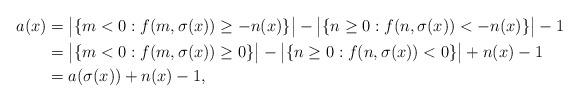
LaTeX: \begin{align*}a(x) &= \big|\{m<0:f(m,\sigma(x))\ge -n(x)\}\big| - \big|\{n\ge 0:f(n,\sigma(x))<-n(x)\}\big| - 1\\ &= \big|\{m<0:f(m,\sigma(x))\ge 0\}\big| - \big|\{n\ge 0:f(n,\sigma(x))<0\}\big| + n(x) - 1\\ &= a(\sigma(x)) + n(x) - 1,\end{align*}